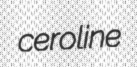
ceroline